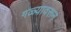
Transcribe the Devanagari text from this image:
गळ्यावरून